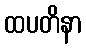
ထပတိနာ